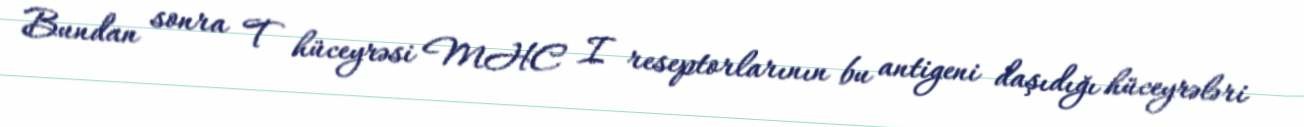
Bundan sonra T hüceyrəsi MHC I reseptorlarının bu antigeni daşıdığı hüceyrələri